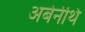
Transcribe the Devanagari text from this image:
अबेर्नेथि